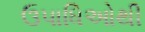
ઉપાધિઓથી